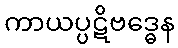
ကာယပ္ပဋိဗဒ္ဓေန